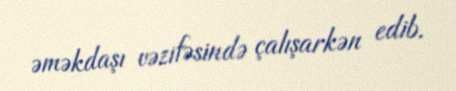
əməkdaşı vəzifəsində çalışarkən edib.